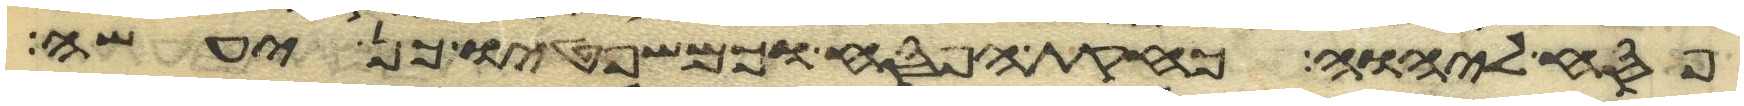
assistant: פסח ליהוה כחקות הפסח וכמשפטיו כן יעשה